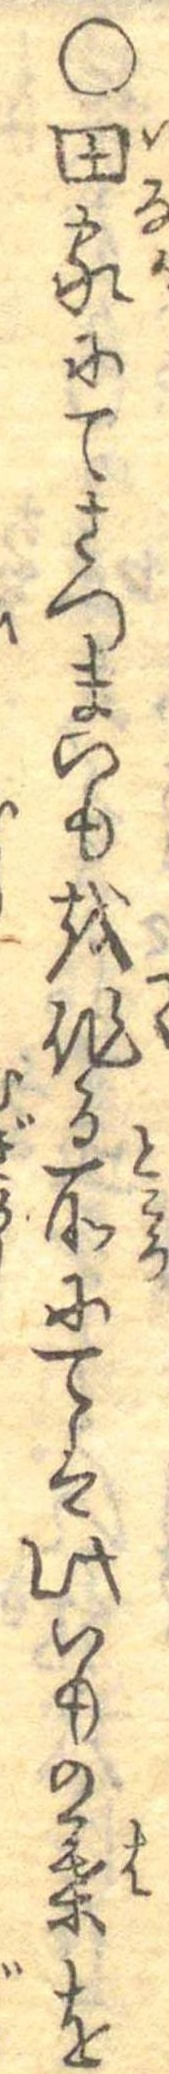
○田家にてさつまいもを作る所にては此いもの葉を